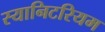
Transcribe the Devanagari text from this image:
स्यानिटरियम